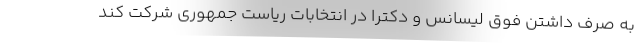
به صرف داشتن فوق لیسانس و دکترا در انتخابات ریاست جمهوری شرکت کند